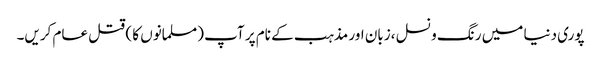
پوری دنیا میں رنگ و نسل ،زبان اور مذہب کے نام پر آپ (مسلمانوں کا ) قتل عام کریں۔